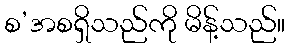
စ’အစရှိသည်ကို မိန့်သည်။